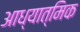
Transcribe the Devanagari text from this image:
आध्‍यात्मिक